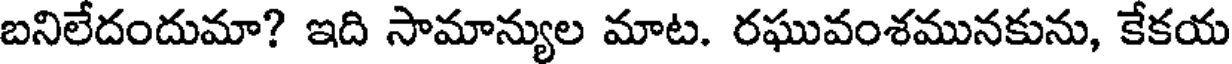
బనిలేదందుమా? ఇది సామాన్యుల మాట. రఘువంశమునకును, కేకయ